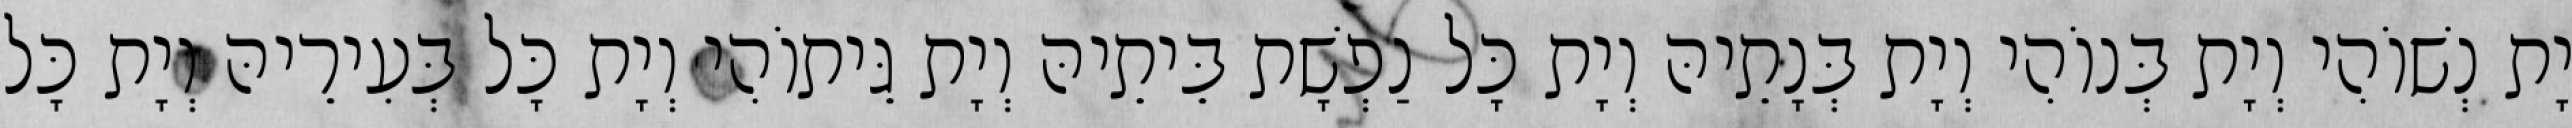
יָת נְשׁוֹהִי וְיָת בְּנוֹהִי וְיָת בְּנָתֵיהּ וְיָת כָּל נַפְשָׁת בֵּיתֵיהּ וְיָת גֵּיתוֹהִי וְיָת כָּל בְּעִירֵיהּ וְיָת כָּל